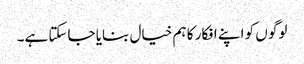
لوگو ں کو اپنے افکار کا ہم خیال بنایا جاسکتا ہے۔